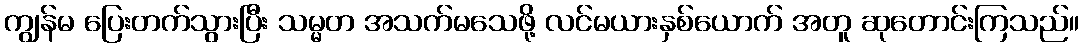
ကျွန်မ ပြေးတက်သွားပြီး သမ္မတ အသက်မသေဖို့ လင်မယားနှစ်ယောက် အတူ ဆုတောင်းကြသည်။